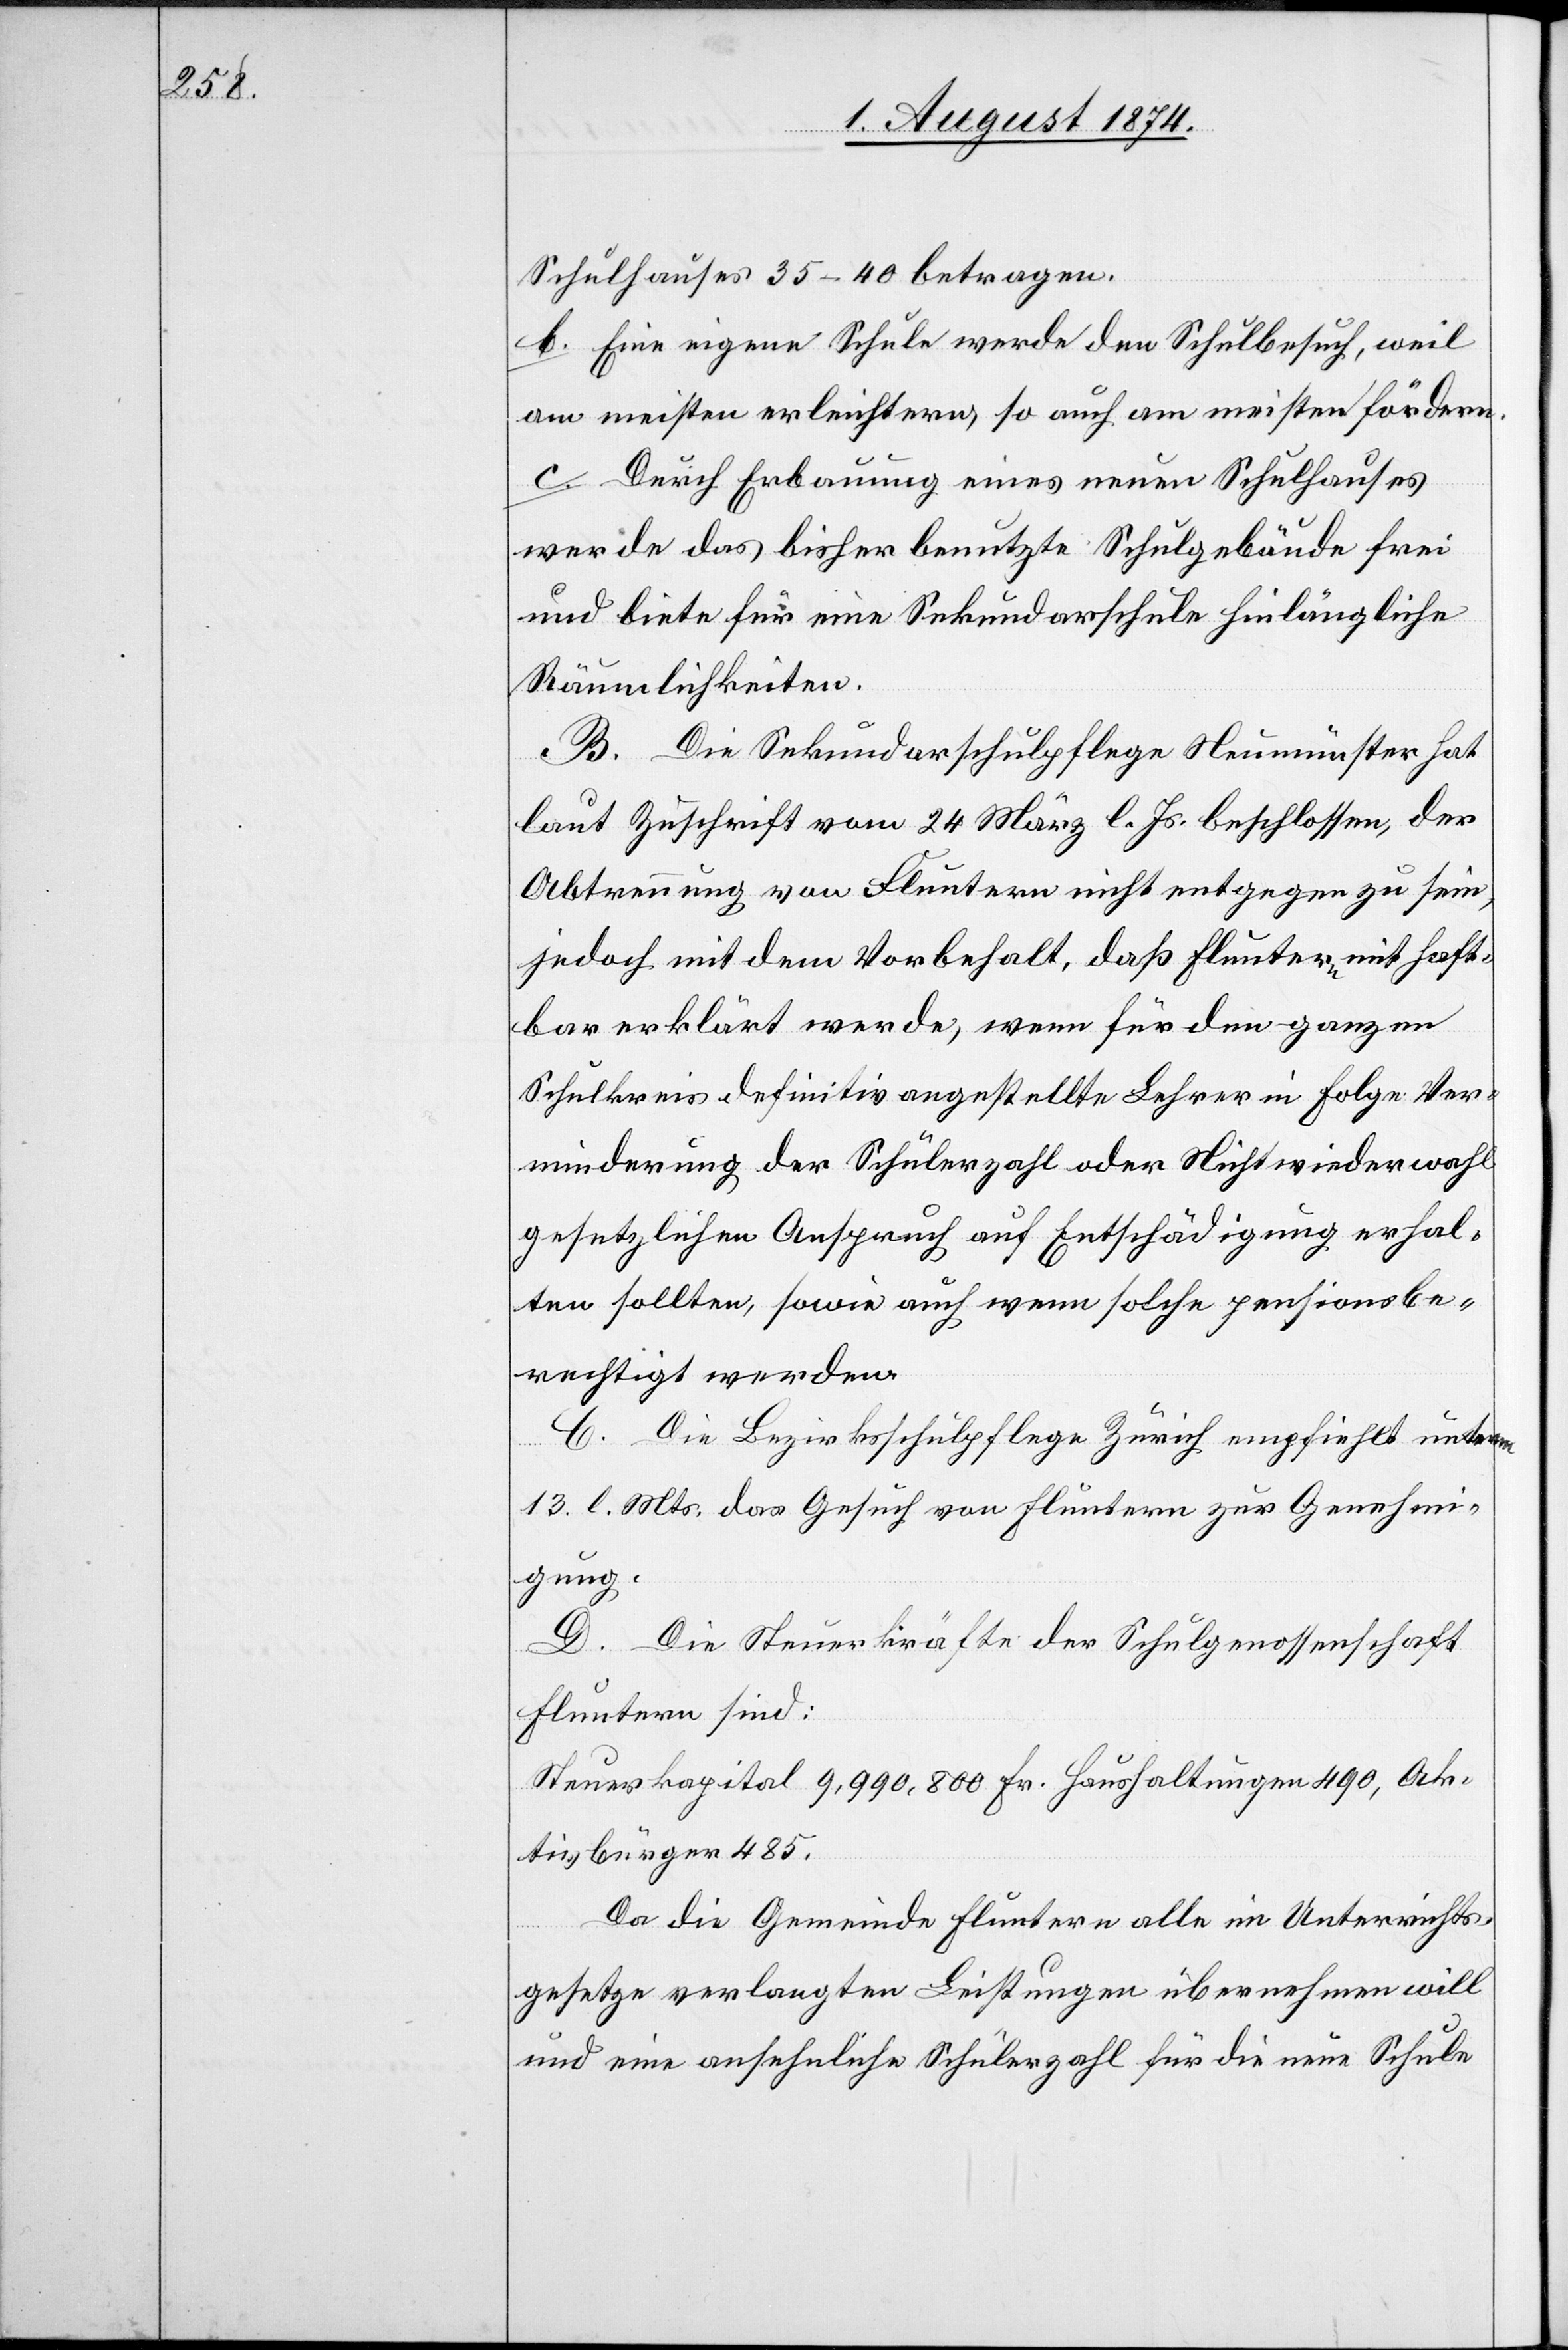
Schulhauses 35–40 betragen.
b. Eine eigene Schule werde den Schulbesuch, weil
am meisten erleichtern, so auch am meisten fördern.
c. Durch Erbauung eines neuen Schulhauses
werde das bisher benutzte Schulgebäude frei
und biete für eine Sekundarschule hinlängliche
Räumlichkeiten.
B. Die Sekundarschulpflege Neumünster hat
laut Zuschrift vom 24. März l. Js. beschlossen, der
Abtrennung von Fluntern nicht entgegen zu sein,
jedoch mit dem Vorbehalt, daß Fluntern mit haft¬
bar erklärt werde, wenn für den ganzen
Schulkreis definitiv angestellte Lehrer in Folge Ver¬
minderung der Schülerzahl oder Nichtwiederwahl
gesetzlichen Anspruch auf Entschädigung erhal¬
ten sollten, sowie auch wenn solche pensionsbe¬
rechtigt werden.
C. Die Bezirksschulpflege Zürich empfiehlt unterm
13. l. Mts. das Gesuch von Fluntern zur Genehmi¬
gung.
D. Die Steuerkräfte der Schulgenossenschaft
Fluntern sind:
Steuerkapital 9,990,800 Fr. Haushaltungen 490, Ak¬
tivbürger 485.
Da die Gemeinde Fluntern alle im Unterrichts¬
gesetze verlangten Leistungen übernehmen will
und eine ansehnliche Schülerzahl für die neue Schule